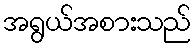
အရွယ်အစားသည်